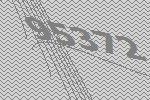
95372